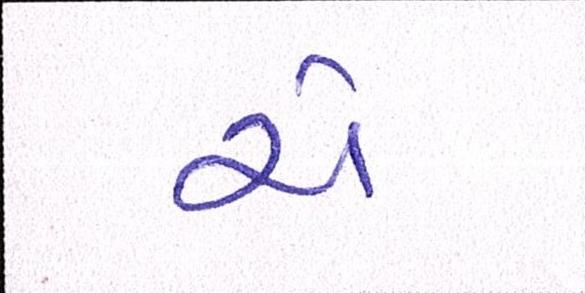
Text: ચે